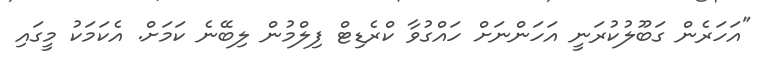
"އަހަރެން ގަބޫލުކުރަނީ އަހަންނަށް ހައްގުވާ ކްރެޑިޓް ފިލްމުން ލިބޭނެ ކަމަށް. އެކަމަކު މީގައި